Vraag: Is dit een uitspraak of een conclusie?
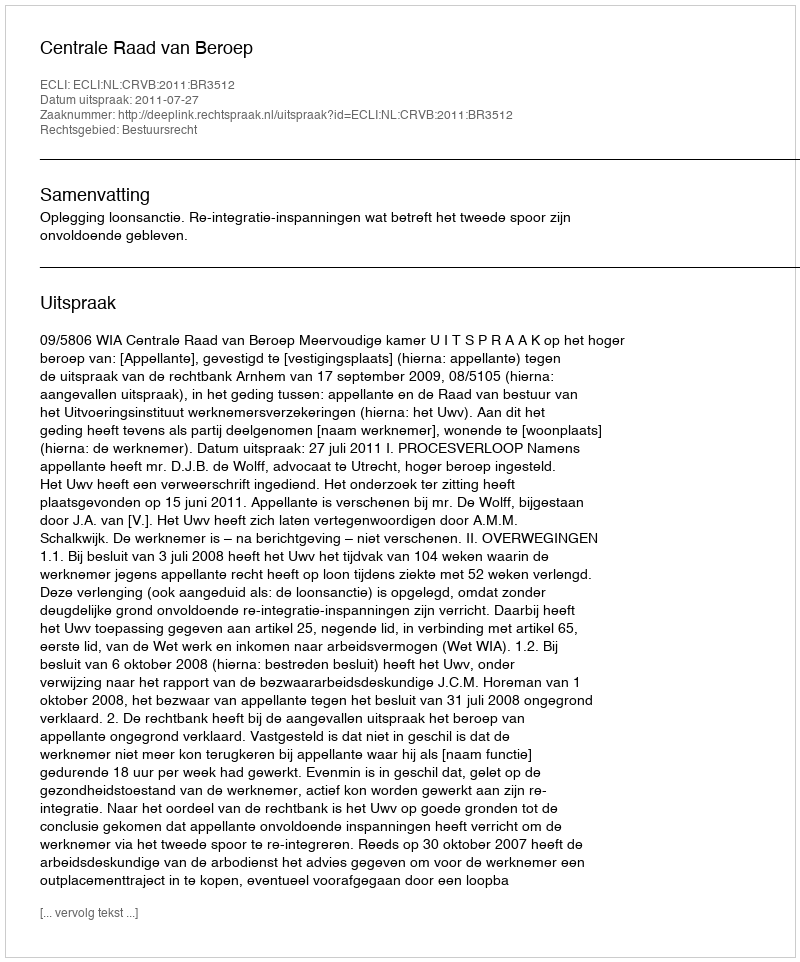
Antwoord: Uitspraak